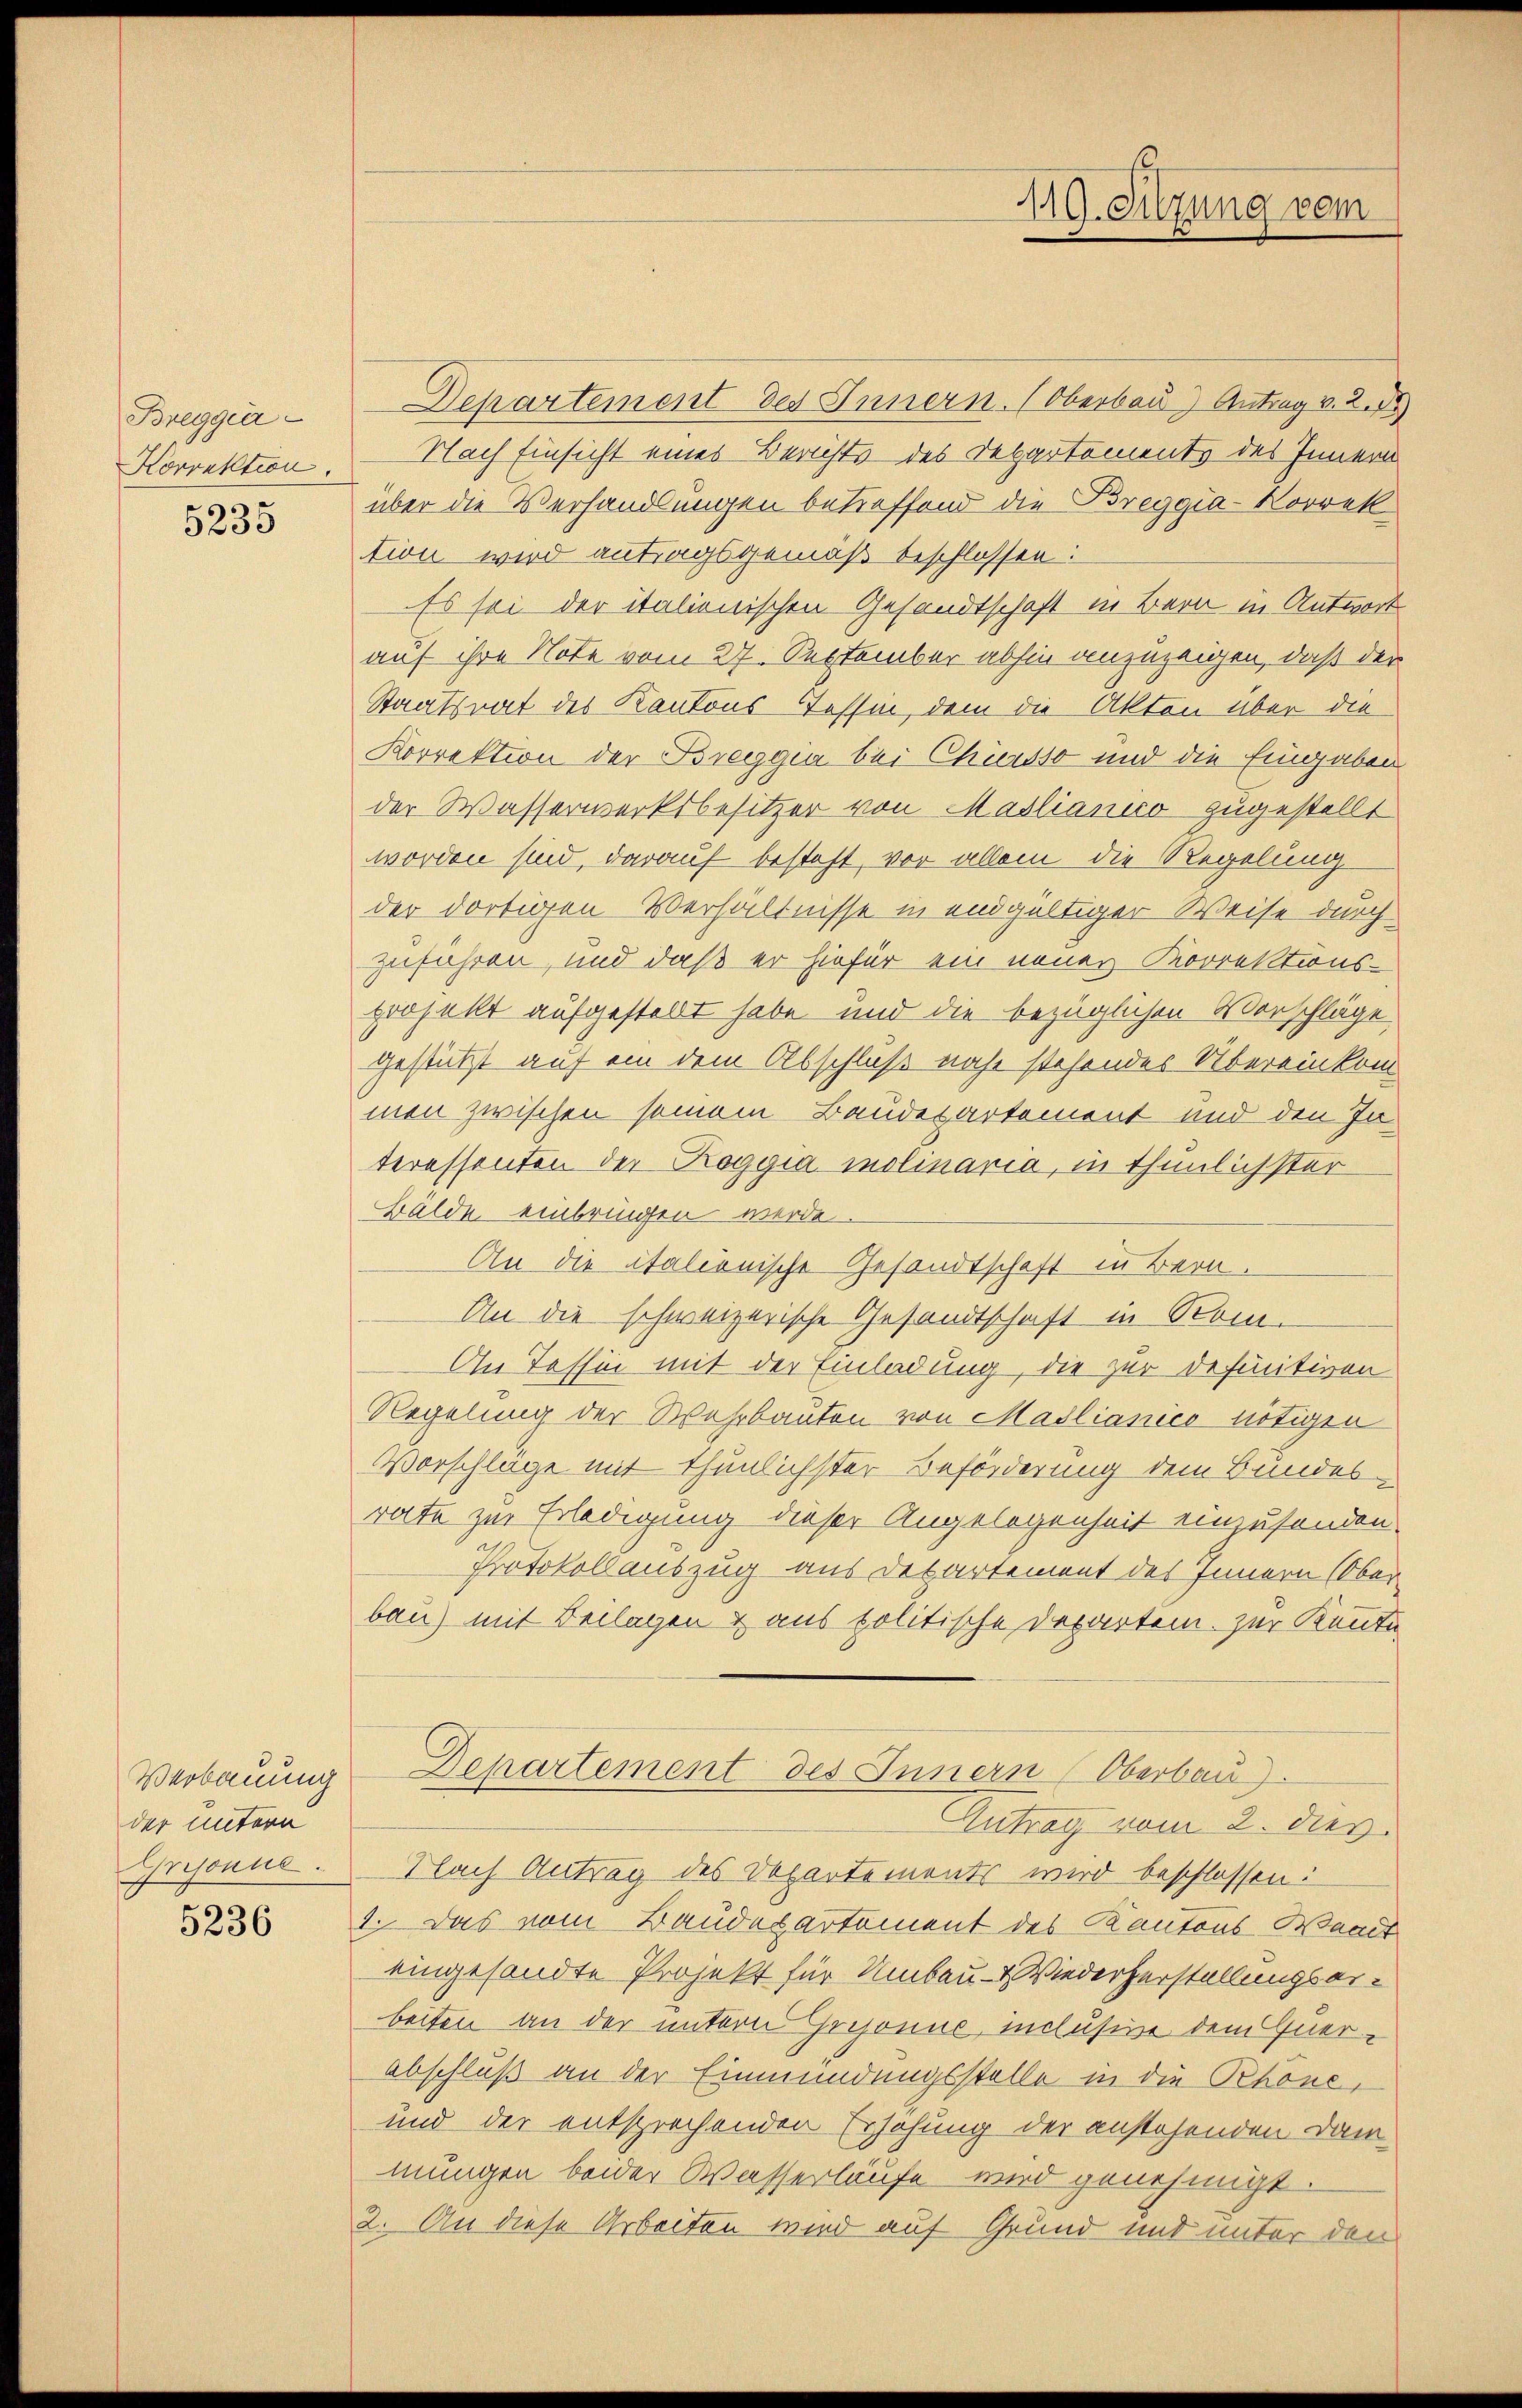
Bregger
Korrektion.

5235

Verbauung
der untern
Grisonne.

5236

Departement des Innern. (Oberbau Antrag v. 2. F
Nach Einsicht eines Berichts des Departements des Innern
über die Verhandlungen betreffend die Breggia-Korrek
tion wird antragsgemäß beschlossen:
Es sei der italienischen Gesandtschaft in Bern in Antwort
auf ihre Note vom 27. September abhin anzuzeigen, daß der
Staatsrat des Kantons Tessin, dem die Akten über die
Korrektion der Breggia bei Chiersso und die Eingaben
der Wasserwerksbesitzer von Maslianico zugestellt
worden sind, darauf besteht, vor allein die Regelung
der dortigen Verhältnisse in endgültiger Weise durch
zuführen, und daß er hiefür ein neuer Korrektions-
projekt aufgestellt habe und die bezüglichen Vorschläge
gestützt auf ein dem Abschluß nahe stehendes Übereinkommen zwischen seinem Baudepartement und den Interessenten der Roggia molinaria, in thunlichster
Bälde einbringen werde.
An die italienische Gesandtschaft in Bern.
An die schweizerische Gesandtschaft in Rom.
On Tessin mit der Einladung, die zur Definitiven
Regelung der Wahrbauten von Mailianico nötigen
Vorschläge mit thunlichster Beförderung dem Bundes-
rate zur Erledigung dieser Angelegenheit einzusenden.
Protokollauszug aus Departement des Innern (Ober-
bau) mit Beilagen & aus politische Departem zur Kennte
Departement des Innern (Oberbau).
Antrag vom 2. dieß.
Nach Antrag des Departements wird beschlossen:
1. Das vom Bauderartement des Kantons Waadt
eingesandte Projekt für Umbau - Wiederherstellungserbeiten an der untern Grisonne, inclusive dem Querabschluß an der Einmündungsstelle in die Rhöne,
und der entsprochenden Erhöhung der anstehenden Dam
mungen beider Wasserläufe wird genehmigt.
2. An diese Arbeiten wird auf Grund und unter den

119. Sitzung vom